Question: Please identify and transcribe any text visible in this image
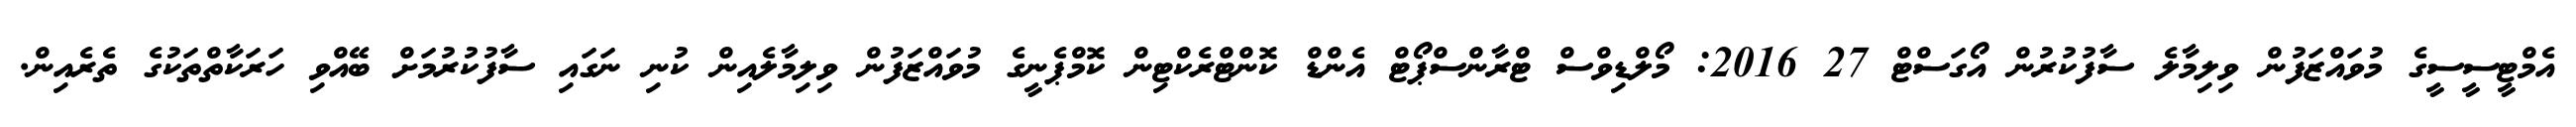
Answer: އެމްޓީސީސީގެ މުވައްޒަފުން ވިލިމާލެ ސާފުކުރުން އޯގަސްޓް 27 2016: މޯލްޑިވްސް ޓްރާންސްޕޯޓް އެންޑް ކޮންޓްރެކްޓިން ކޮމްޕެނީގެ މުވައްޒަފުން ވިލިމާލެއިން ކުނި ނަގައި ސާފުކުރުމަށް ބޭއްވި ހަރަކާތްތަކުގެ ތެރެއިން.